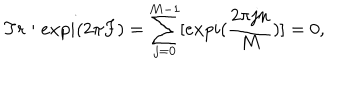
LaTeX: T r : e x p i ( 2 \pi F ) = \sum _ { j = 0 } ^ { M - 1 } [ e x p i ( { \frac { 2 \pi j n } { { M } } } ) ] = 0 , \quad